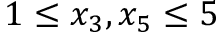
1 \leq x _ { 3 } , x _ { 5 } \leq 5